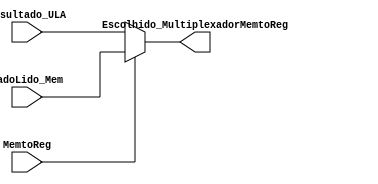
module MultiplexadorMemtoReg (
	input [31:0] DadoLido_Mem, 
	input [31:0] Resultado_ULA,
	input MemtoReg,
	output [31:0] Escolhido_MultiplexadorMemtoReg
);
	
	reg [31:0] escolhido;
	
	always @(MemtoReg or DadoLido_Mem or Resultado_ULA) begin
	
		if(MemtoReg == 1) begin
			escolhido = DadoLido_Mem;
		end
		
		else begin
			escolhido = Resultado_ULA;
		end
		
	end
	
	assign Escolhido_MultiplexadorMemtoReg = escolhido;
	
endmodule